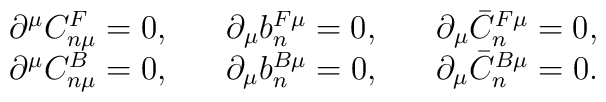
\begin{array}{ccc}     \partial^\mu C_{n\mu}^F=0, & \quad \partial_\mu b_n^{F\mu}=0,                                 & \quad \partial_\mu \bar{C}_n^{F\mu}=0, \\     \partial^\mu C_{n\mu}^B=0, & \quad \partial_\mu b_n^{B\mu}=0,                                & \quad \partial_\mu \bar{C}_n^{B\mu}=0. \end{array}